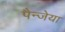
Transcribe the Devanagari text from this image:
पैन्जेया